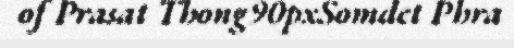
of Prasat Thong90pxSomdet Phra